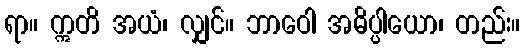
ရာ။ ဣတိ အယံ၊ လျှင်။ ဘာဝေါ အဓိပ္ပါယော၊ တည်း။